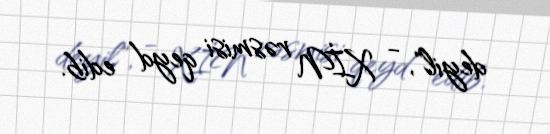
deyil", - XİN rəsmisi qeyd edib.